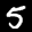
Label: 5